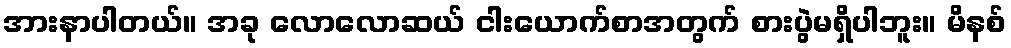
အားနာပါတယ်။ အခု လောလောဆယ် ငါးယောက်စာအတွက် စားပွဲမရှိပါဘူး။ မိနစ်